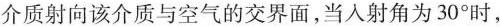
介质射向该介质与空气的交界面，当入射角为30°时，